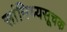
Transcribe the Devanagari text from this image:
सांनिध्यसूचक